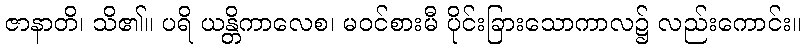
ဇာနာတိ၊ သိ၏။ ပရိ ယန္တိကာလေစ၊ မဝင်စားမီ ပိုင်းခြားသောကာလ၌ လည်းကောင်း။